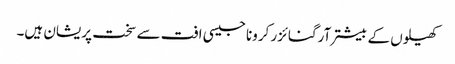
کھیلوں کے بیشتر آرگنائزر کرونا جیسی افت سے سخت پریشان ہیں۔